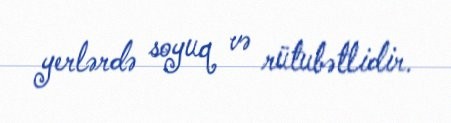
yerlərdə soyuq və rütubətlidir.